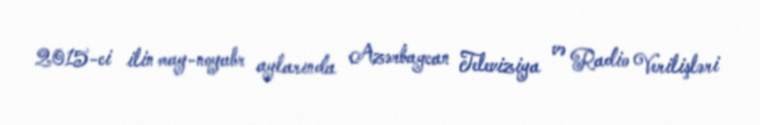
2015-ci ilin may-noyabr aylarında Azərbaycan Televiziya və Radio Verilişləri